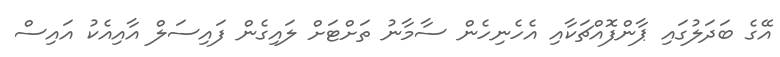
އޭގެ ބަދަލުގައި ޕާންފޮއްޗަކާއި އެހެނިހެން ސާމާނު ތަށްޓަށް ލައިގެން ފައިސަލް އާއިއެކު އައިސް